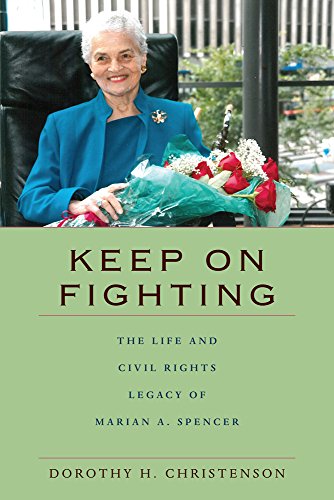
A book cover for Keep On Fighting: The Life and Civil Rights Legacy of Marian A. Spencer; Dorothy H. Christenson; Biographies & Memoirs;